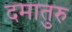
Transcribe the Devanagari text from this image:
दमातुरु